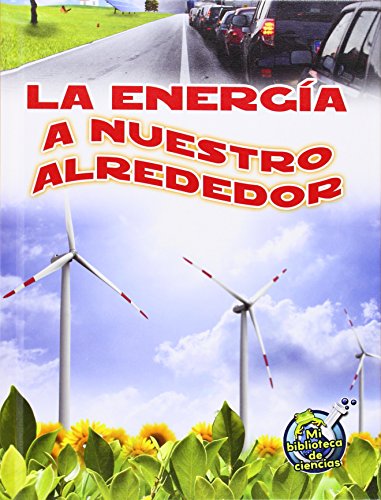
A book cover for La energÃ­a a nuestro alrededor / Energy All Around (Mi Biblioteca De Ciencias / My Science Library) (Spanish Edition); Buffy Silverman; Children's Books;